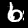
Digit: 6